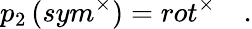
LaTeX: p_{2}\left(sym^{\times}\right)=rot^{\times}\quad.